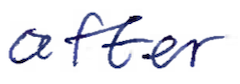
Text: after
Cross-out: clean
Writing tool: ballpoint